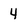
Character: 4